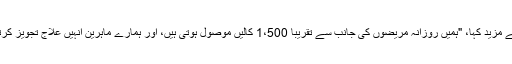
انہوں نے مزید کہا، "ہمیں روزانہ مریضوں کی جانب سے تقریباً 1،500 کالیں موصول ہوتی ہیں، اور ہمارے ماہرین انہیں علاج تجویز کرتے ہیں۔